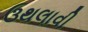
ઉથલાવી